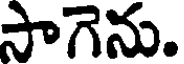
సాగెను.